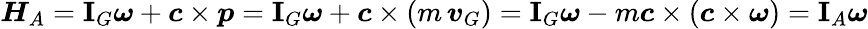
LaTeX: \boldsymbol{H}_{A}=\mathbf{I}_{G}\boldsymbol{\omega}+\boldsymbol{c}\times\boldsymbol{p}=\mathbf{I}_{G}\boldsymbol{\omega}+\boldsymbol{c}\times(m\, \boldsymbol{v}_{G})=\mathbf{I}_{G}\boldsymbol{\omega}-m\boldsymbol{c}\times(\boldsymbol{c}\times\boldsymbol{\omega})=\mathbf{I}_{A}\boldsymbol{\omega}